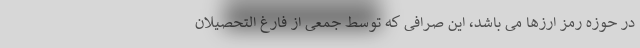
در حوزه رمز ارزها می باشد، این صرافی که توسط جمعی از فارغ التحصیلان